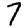
Digit: 7